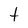
Character: t